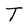
Character: U